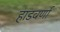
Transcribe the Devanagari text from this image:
हाडवर्णा